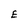
Character: E